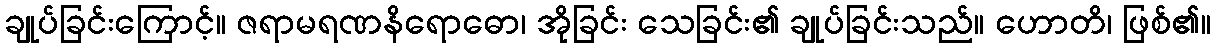
ချုပ်ခြင်းကြောင့်။ ဇရာမရဏနိရောဓော၊ အိုခြင်း သေခြင်း၏ ချုပ်ခြင်းသည်။ ဟောတိ၊ ဖြစ်၏။